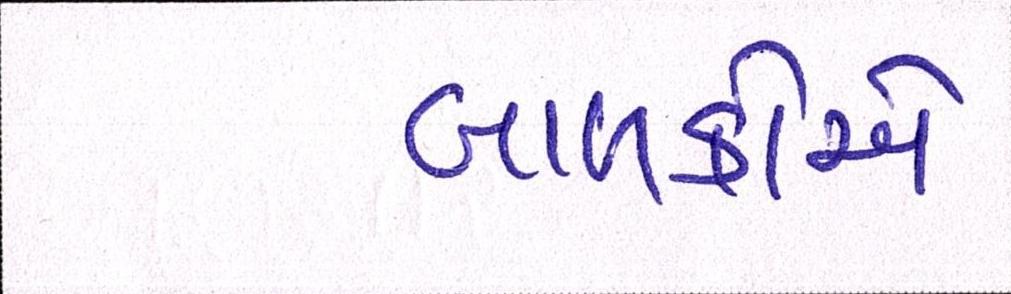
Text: બાળકોએ